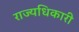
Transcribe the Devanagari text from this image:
राज्यधिकारी